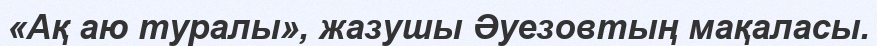
«Ақ аю туралы», жазушы Әуезовтың мақаласы.